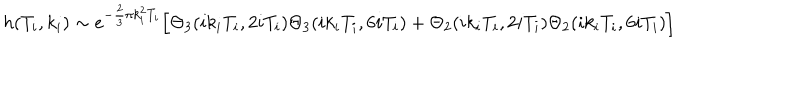
LaTeX: h ( T _ { i } , k _ { i } ) \sim e ^ { - \frac { 2 } { 3 } \pi k _ { i } ^ { 2 } T _ { i } } \Bigl [ \Theta _ { 3 } ( i k _ { i } T _ { i } , 2 i T _ { i } ) \Theta _ { 3 } ( i k _ { i } T _ { i } , 6 i T _ { i } ) + \Theta _ { 2 } ( i k _ { i } T _ { i } , 2 i T _ { i } ) \Theta _ { 2 } ( i k _ { i } T _ { i } , 6 i T _ { i } ) \Bigr ]